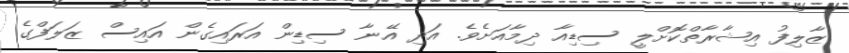
ޒާލިފު އިޝާރާތްކޮށްލީ ސިޑިއާ ދިމާއަށެވެ. އަދި އޭނާ ސިޑިން އަރައިގެން އައިސް ޒަލަފްގެ